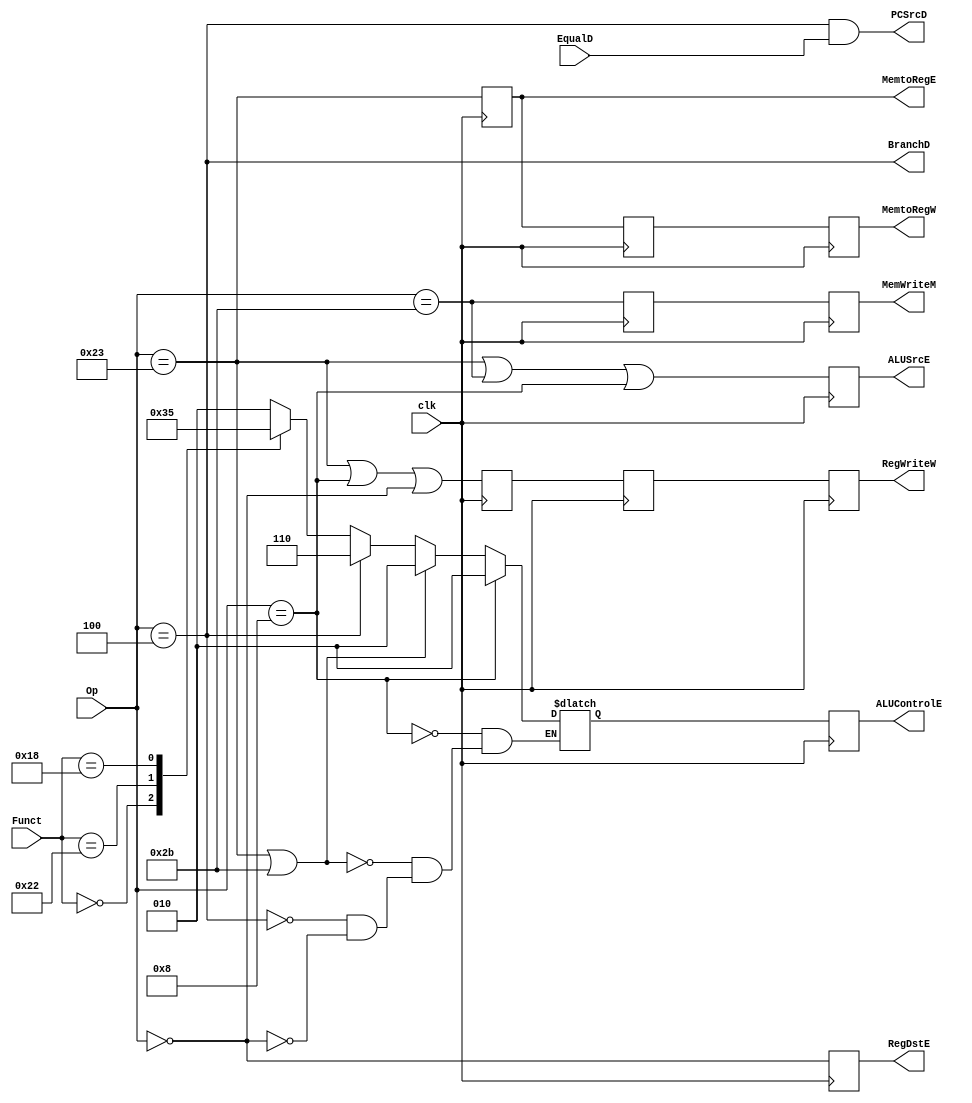
module Control
    (
        input clk,
        input wire [5:0] Op, 
        input wire [5:0] Funct,
        input wire EqualD,
        output wire PCSrcD, 
        output wire BranchD,
        output reg RegDstE, 
        output reg ALUSrcE, 
        output reg [2:0] ALUControlE,
        output reg MemtoRegE,
        output reg MemWriteM,
        output reg MemtoRegW, 
        output reg RegWriteW
    );
    
    wire RegWriteD = ((Op == 6'b100011) || // lw
                      (Op == 6'b001000) || // addi
                      (Op == 6'b000000));  // R type
    wire MemtoRegD =  (Op == 6'b100011);   // lw
    wire MemWriteD =  (Op == 6'b101011);   // sw
    wire   ALUSrcD = ((Op == 6'b100011) || // lw
                      (Op == 6'b101011) || // sw
                      (Op == 6'b001000));  // addi
    wire   RegDstD =  (Op == 6'b000000);   // R type
    assign BranchD =  (Op == 6'b000100);   // beq

    reg [2:0] ALUControlD;

    initial begin
        RegDstE <= 0;
        ALUSrcE <= 0;
        ALUControlE <= 3'b0;
        MemtoRegE <= 0;
        MemWriteM <= 0;
        MemtoRegW <= 0;
        RegWriteW <= 0;

        ALUControlD <= 2'b0;
        RegWriteE <= 0;
        MemWriteE <= 0;
        RegWriteM <= 0;
        MemtoRegM <= 0;
    end

    always @(Op) begin
        if (Op == 6'b000000) begin
            // R type
            ALUControlD = 2'b10;
            casex (Funct)
                // or
                // 6'b101010: ALUControlD = 3'b001;

                // add 
                6'b100000: ALUControlD = 3'b010;

                // nop
                6'b000000: ALUControlD = 3'b000;

                // subtract
                6'b100010: ALUControlD = 3'b110;

                // mult
                6'b011000: ALUControlD = 3'b101;

                // div
                // 6'b011010: ALUControlD = 3'b111;

            endcase
        end 
        
        if (Op == 6'b000100) begin
            // beq
            ALUControlD = 3'b110;
        end 
        
        if (Op == 6'b100011 || 6'b101011) begin
            // lw, sw
            ALUControlD = 3'b010;
        end 
        
        if (Op == 6'b001000) begin
            // addi
            ALUControlD = 3'b010;
        end
    end

    reg RegWriteE;
    reg MemWriteE;

    reg RegWriteM;
    reg MemtoRegM;

    assign PCSrcD = BranchD && EqualD;

    always @(posedge clk) begin
        RegWriteE <= RegWriteD;
        MemtoRegE <= MemtoRegD;
        MemWriteE <= MemWriteD;
        ALUControlE <= ALUControlD;
        ALUSrcE <= ALUSrcD;
        RegDstE <= RegDstD;
    end

    always @(posedge clk) begin
        RegWriteM <= RegWriteE;
        MemtoRegM <= MemtoRegE;
        MemWriteM <= MemWriteE;
    end

    always @(posedge clk) begin
        RegWriteW <= RegWriteM;
        MemtoRegW <= MemtoRegM;
    end
endmodule